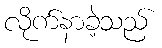
လိုက်နာခဲ့သည်